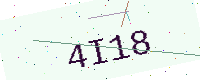
Text: 4I18